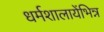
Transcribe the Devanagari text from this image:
धर्मशालायेंभिन्न